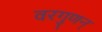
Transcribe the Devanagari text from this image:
वरगुणन्